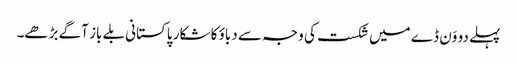
پہلے دو وَن ڈے میں شکست کی وجہ سے دباؤ کا شکار پاکستانی بلے باز آگے بڑھے۔